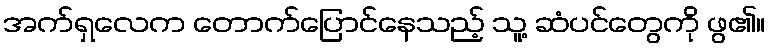
အက်ရှလေက တောက်ပြောင်နေသည့် သူ့ ဆံပင်တွေကို ဖွ၏။